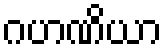
ဂဟဏိယာ